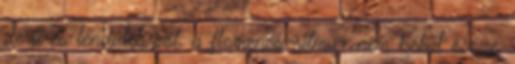
derű és lendület, sőt, a flamenco-ritmu- nem békül össze,